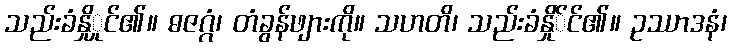
သည်းခံနှိုှုင်၏။ ဓဇဂ္ဂံ၊ တံခွန်ဖျားကို။ သဟတိ၊ သည်းခံနှို်င်၏။ ဥဿာဒနံ၊